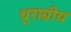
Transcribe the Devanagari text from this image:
धुराग्रीय